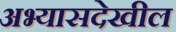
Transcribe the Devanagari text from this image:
अभ्यासदेखील